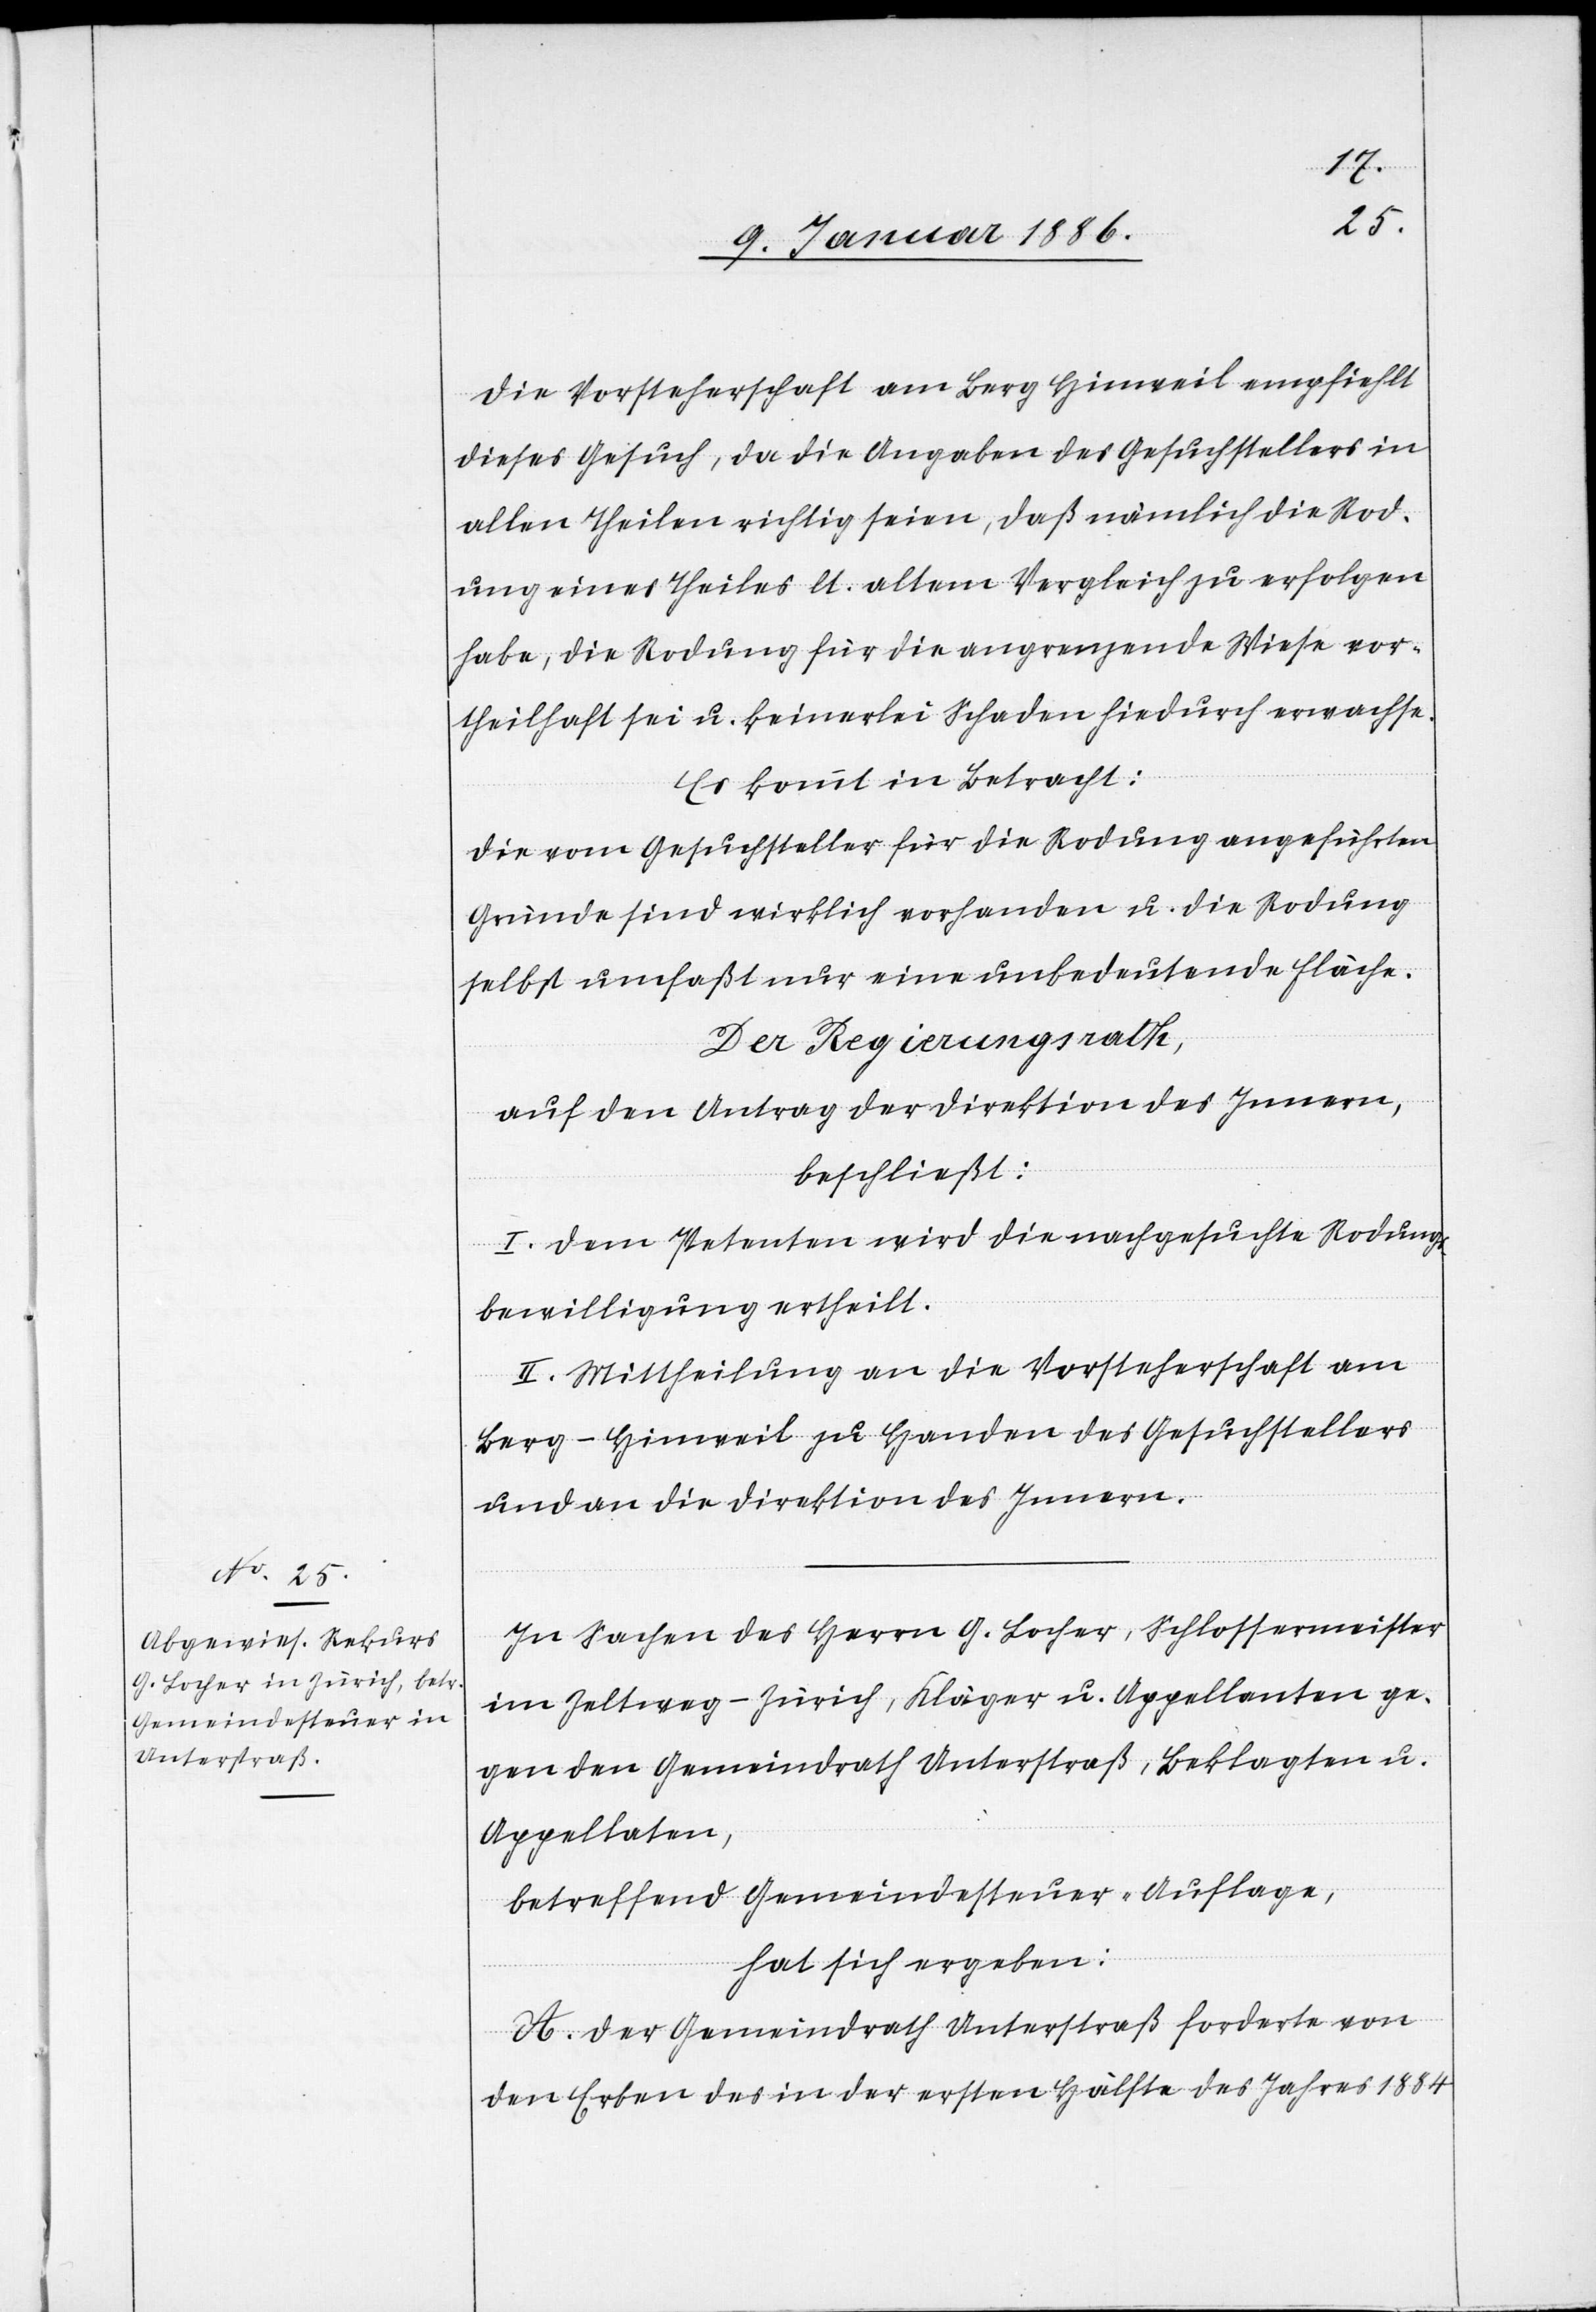
Die Vorsteherschaft am Berg Hinweil empfiehlt
dieses Gesuch, da die Angaben des Gesuchstellers in
allen Theilen richtig seien, daß nämlich die Rod¬
ung eines Theiles lt. altem Vergleich zu erfolgen
habe, die Rodung für die angrenzende Wiese vor¬
teilhaft sei u. keinerlei Schaden hiedurch erwachse.
Es kommt in Betracht:
Die vom Gesuchsteller für die Rodung angeführten
Gründe sind wirklich vorhanden u. die Rodung
selbst umfaßt nur eine unbedeutende Fläche.
Der Regierungsrath,
auf den Antrag der Direktion des Innern,
beschließt:
I. Dem Petenten wird [für] die nachgesuchte Rodung
Bewilligung ertheilt.
II. Mittheilung an die Vorsteherschaft am
Berg - Hinweil zu Handen des Gesuchstellers
und an die Direktion de Innern.
In Sachen des Herrn G. Locher, Schlossermeister
im Zeltweg - Zürich, Kläger u. Appellanten ge¬
gen den Gemeindrath Unterstraß, Beklagten u.
Appellaten,
betreffend Gemeindesteuer-Auflage,
hat sich ergeben:
A. Der Gemeindrath Unterstraß forderte von
den Erben des in der ersten Hälfte des Jahres 1884